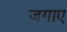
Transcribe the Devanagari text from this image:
जगाए